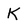
Character: K